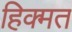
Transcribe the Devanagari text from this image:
हिक्मत